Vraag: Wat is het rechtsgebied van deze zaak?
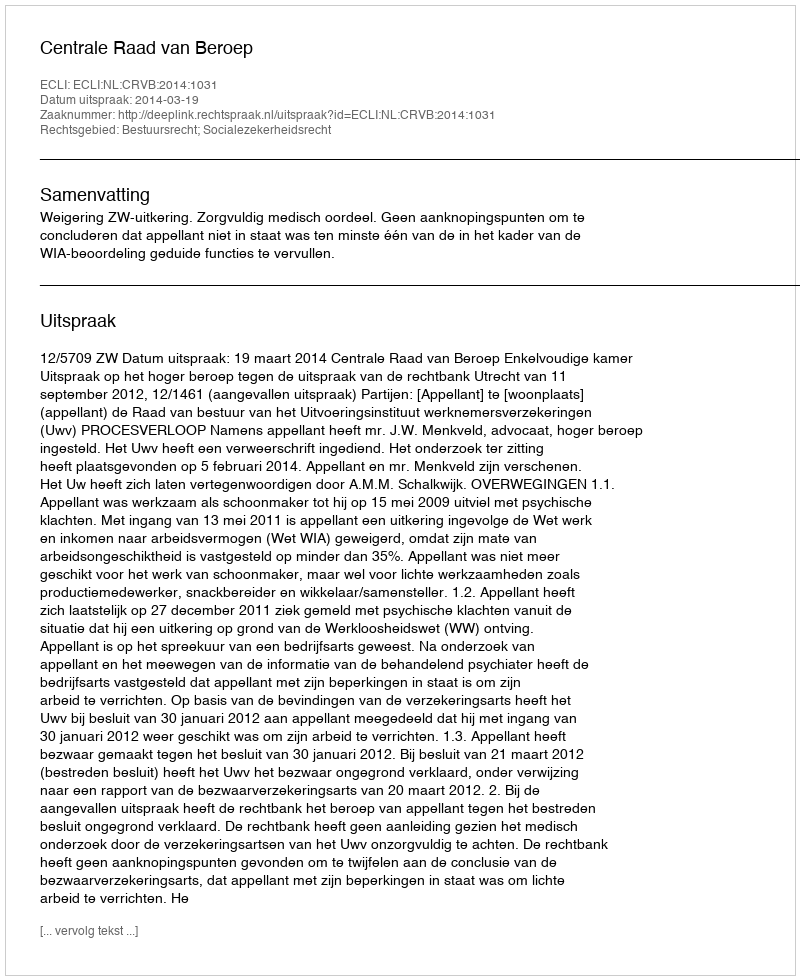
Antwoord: Bestuursrecht; Socialezekerheidsrecht